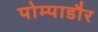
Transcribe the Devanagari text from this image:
पोम्पाडौर